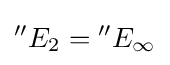
{}^{\prime \prime }E_{2}={}^{\prime \prime }E_{\infty }